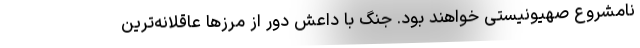
نامشروع صهیونیستی خواهند بود. جنگ با داعش دور از مرزها عاقلانه‌ترین